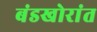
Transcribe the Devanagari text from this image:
बंडखोरांत